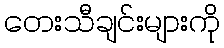
တေးသီချင်းများကို